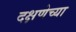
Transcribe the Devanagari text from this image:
दक्षणेच्या